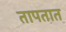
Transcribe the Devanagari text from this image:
तापतात